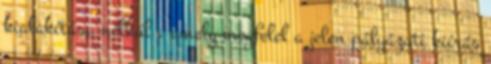
kialakítása nélkül , amely megfelel a jelen pályázati kiírás